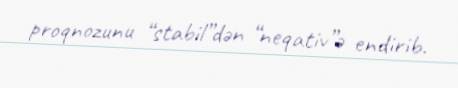
proqnozunu “stabil”dən “neqativ”ə endirib.